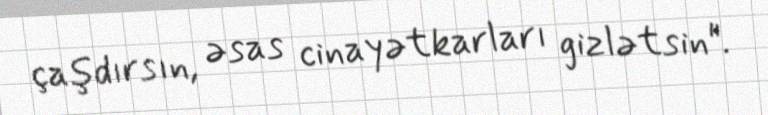
çaşdırsın, əsas cinayətkarları gizlətsin".